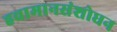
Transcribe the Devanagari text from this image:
हवामानसंशोधन